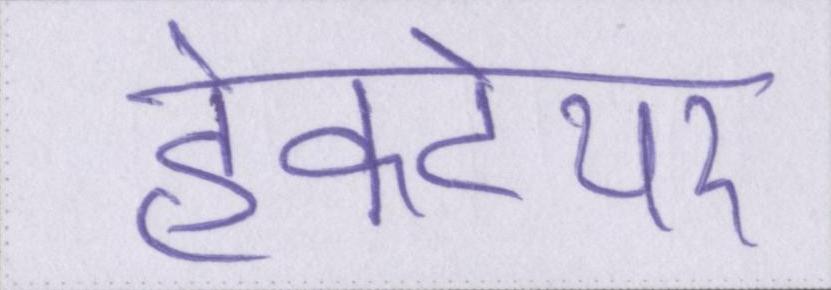
हेक्टेयर